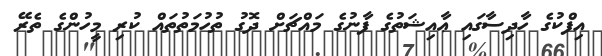
އިފްކުގެ ހާދިސާގައި ޢާއިޝަތުގެ ފާނުގެ މައްޗަށް ދޮގު ތުހުމަތުތައް ކުރި މީހުންގެ ތެރޭ